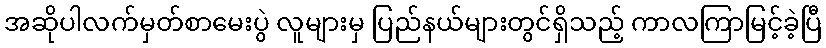
အဆိုပါလက်မှတ်စာမေးပွဲ လူများမှ ပြည်နယ်များတွင်ရှိသည့် ကာလကြာမြင့်ခဲ့ပြီ